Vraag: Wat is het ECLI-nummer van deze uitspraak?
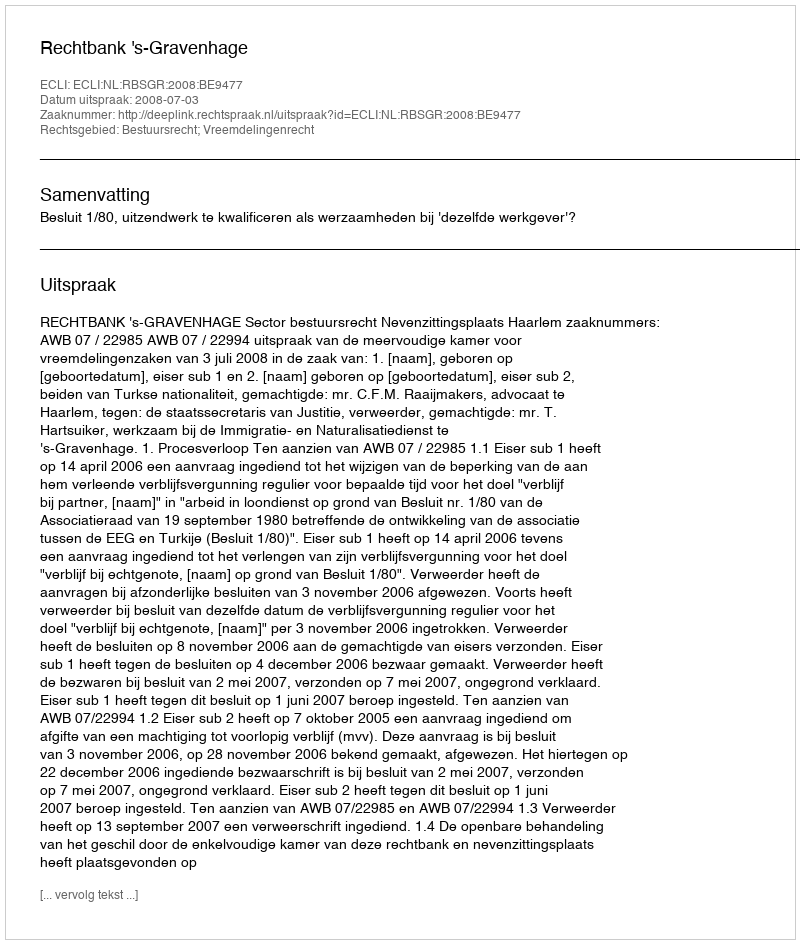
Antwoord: ECLI:NL:RBSGR:2008:BE9477